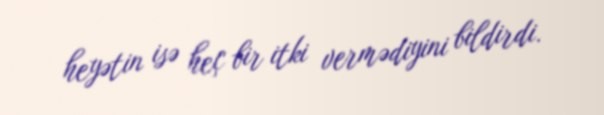
heyətin isə heç bir itki vermədiyini bildirdi.